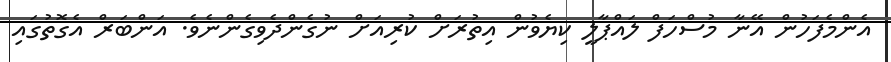
އެންމެފަހުން އޭނާ މުސްހަފް ލައްޕާލީ ކިޔެވުން އިތުރަށް ކުރިއަށް ނުގެންދެވިގެންނެވެ. އަންބަރް އެގޮތުގައި